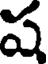
ష